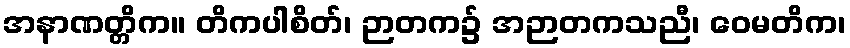
အနာဏတ္တိက။ တိကပါစိတ်၊ ဉာတက၌ အဉာတကသညီ၊ ဝေမတိက၊